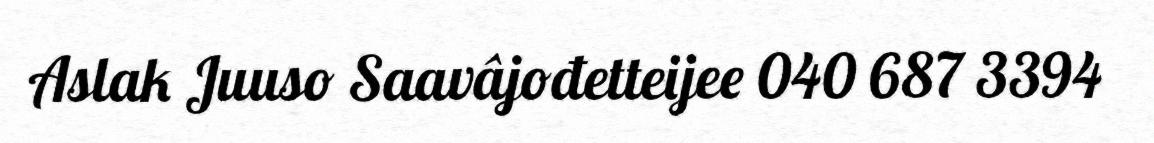
Aslak Juuso Saavâjođetteijee 040 687 3394